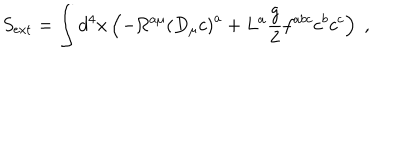
S _ { \mathrm { e x t } } = \int d ^ { 4 } x \left( - \Omega ^ { a \mu } \left( D _ { \mu } c \right) ^ { a } + L ^ { a } \frac { g } { 2 } f ^ { a b c } c ^ { b } c ^ { c } \right) \; ,